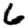
Digit: 6